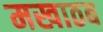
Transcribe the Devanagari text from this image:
मखाठब